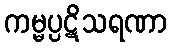
ကမ္မပ္ပဋိသရဏာ